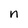
Character: n